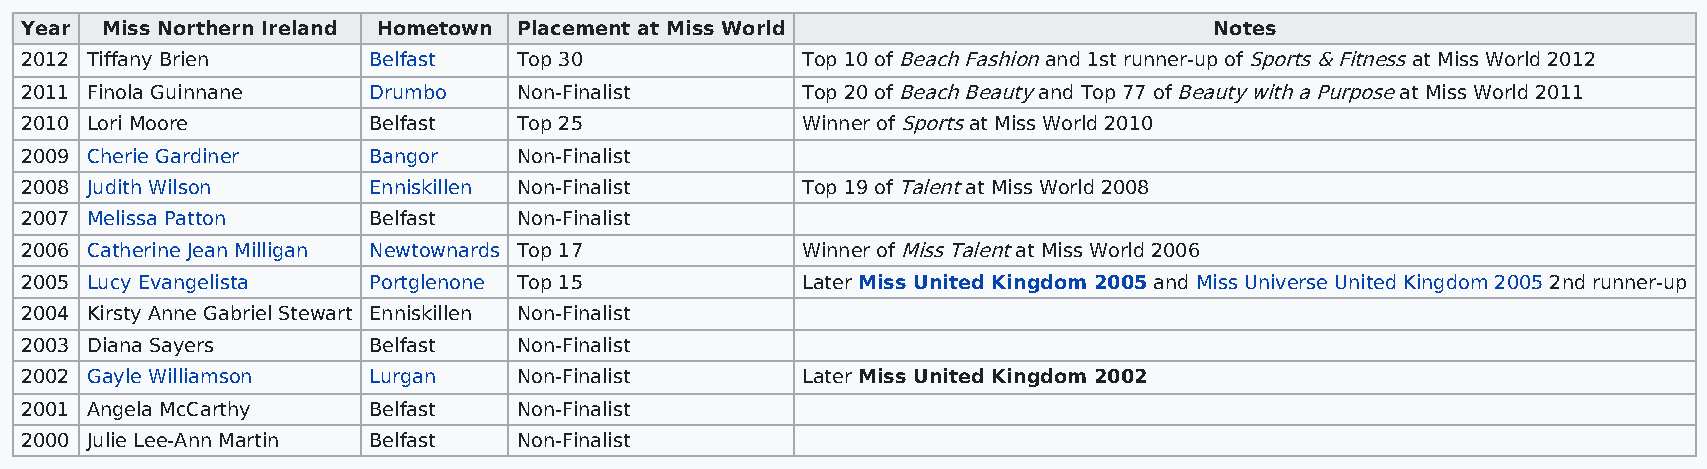
Year  Miss Northern Ireland Hometown Placement at Miss World                   Notes
 2012 Tiffany Brien     Belfast   Top 30             Top 10 of Beach Fashion and 1st runner-up of Sports & Fitness at Miss World 2012
 2011 Finola Guinnane   Drumbo    Non-Finalist       Top 20 of Beach Beauty and Top 77 of Beauty with a Purpose at Miss World 2011
 2010 Lori Moore        Belfast   Top 25             Winner of Sports at Miss World 2010
 2009 Cherie Gardiner   Bangor    Non-Finalist
 2008 Judith Wilson     Enniskillen Non-Finalist     Top 19 of Talent at Miss World 2008
 2007 Melissa Patton    Belfast   Non-Finalist
 2006 Catherine Jean Milligan Newtownards Top 17     Winner of Miss Talent at Miss World 2006
 2005 Lucy Evangelista  Portglenone Top 15           Later Miss United Kingdom 2005 and Miss Universe United Kingdom 2005 2nd runner-up
 2004 Kirsty Anne Gabriel Stewart Enniskillen Non-Finalist
 2003 Diana Sayers      Belfast   Non-Finalist
 2002 Gayle Williamson  Lurgan    Non-Finalist       Later Miss United Kingdom 2002
 2001 Angela McCarthy   Belfast   Non-Finalist
 2000 Julie Lee-Ann Martin Belfast Non-Finalist